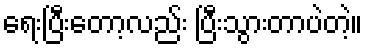
ရေးပြီးတော့လည်း ပြီးသွားတာပဲတဲ့။